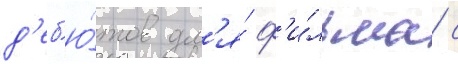
д'еб'ю́тов дл'я́ ф'и́льма с